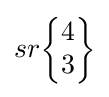
sr{\begin{Bmatrix}4\\3\end{Bmatrix}}